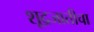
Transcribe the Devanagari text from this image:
शूद्रजातीचा